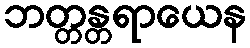
ဘတ္တန္တရာယေန